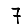
Digit: 7